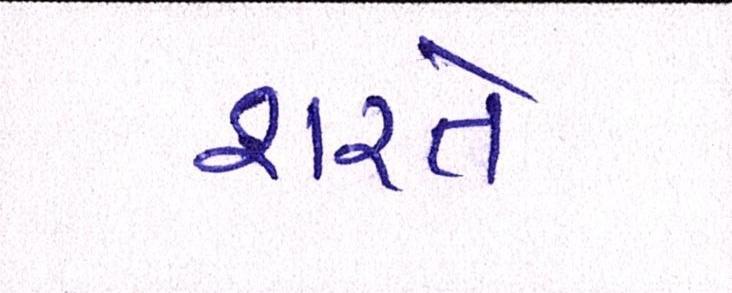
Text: શરતે